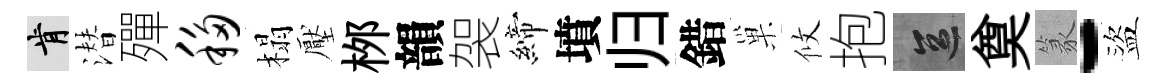
肯潜殫移榻壓桞韻袈締墳归錯巢攸抱區奠篆-盜